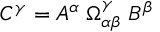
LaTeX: C ^ { \gamma } = A ^ { \alpha } \; \Omega _ { \alpha \beta } ^ { \gamma } \; B ^ { \beta }